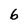
Character: 6